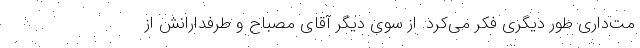
مت‌داری طور دیگری فکر می‌کرد. از سوی دیگر آقای مصباح و طرفدارانش از